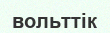
вольттік